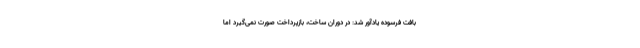
بافت فرسوده یادآور شد: در دوران ساخت، بازپرداخت صورت نمی‌گیرد اما